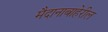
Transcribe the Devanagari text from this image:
मैदानाबाहेरील